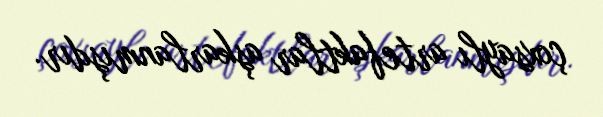
çoxsaylı artefaktlar aşkarlanmışdır.